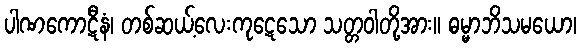
ပါဏကောဋီနံ၊ တစ်ဆယ့်လေးကုဋေသော သတ္တဝါတို့အား။ ဓမ္မာဘိသမယော၊